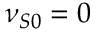
\nu _ { S 0 } = 0